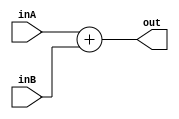
module AddAlu(inA,inB,out);
input [0:63]inA;
input [0:63]inB;
output [0:63]out;

assign out=inA+inB;

   
endmodule